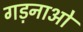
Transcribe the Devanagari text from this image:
गड़नाओ